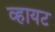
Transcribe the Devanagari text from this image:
व्हायट